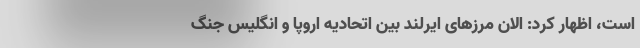
است، اظهار کرد: الان مرزهای ایرلند بین اتحادیه اروپا و انگلیس جنگ